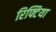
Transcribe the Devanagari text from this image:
रिफ्टिया